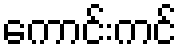
ကောင်းကင်